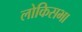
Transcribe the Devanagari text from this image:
लोकिसभा